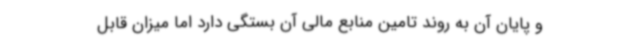
و پایان آن به روند تامین منابع مالی آن بستگی دارد اما میزان قابل